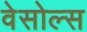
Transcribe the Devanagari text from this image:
वेसोल्स